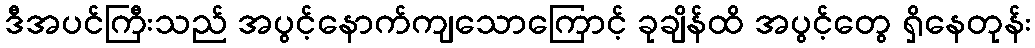
ဒီအပင်ကြီးသည် အပွင့်နောက်ကျသောကြောင့် ခုချိန်ထိ အပွင့်တွေ ရှိနေတုန်း